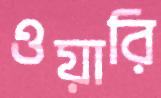
ওয়ারি